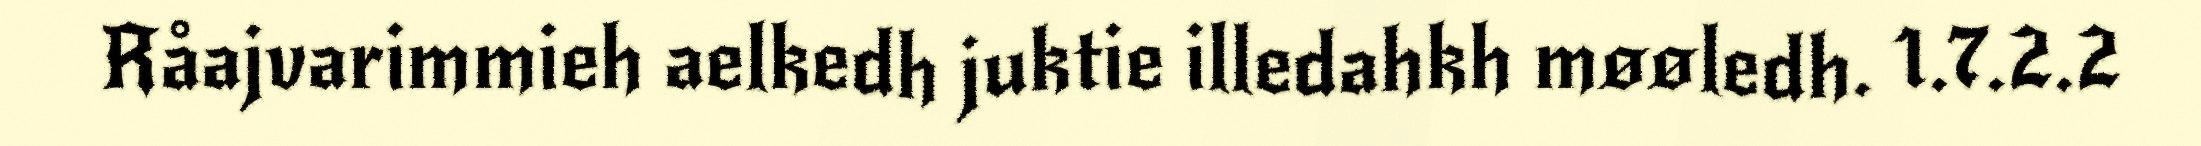
Råajvarimmieh aelkedh juktie illedahkh møøledh. 1.7.2.2